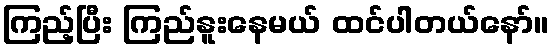
ကြည့်ပြီး ကြည်နူးနေမယ် ထင်ပါတယ်နော်။